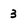
Character: 3